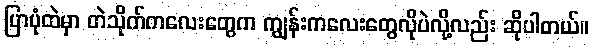
ပြာပုံထဲမှာ တဲသိုက်ကလေးတွေက ကျွန်းကလေးတွေလိုပဲလို့လည်း ဆိုပါတယ်။